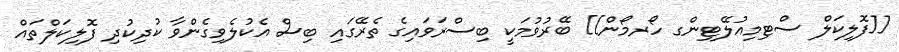
[[ފޮލިކަލް ސްޓިމިއުލޭޓިންގ ހޯރމޯން]] ބޭރުވުމަކީ ބިސްރަވައިގެ ތެރޭގައި ބިސް އެކުލެވިގެންވާ ކުދިކުދި ފޮލިކަލްތައް